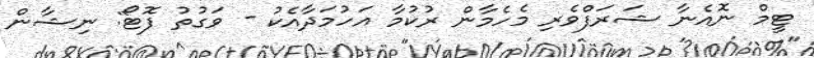
ޓީމް ނޮއެނާ ޝަރަފްވެރި މެހެމާން ރުކުމާ އަހުމަދާއެކު - ވަގުތު ފޮޓޯ: ނިޝާން